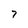
Character: 7